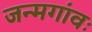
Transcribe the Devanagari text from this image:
जन्मगांवः